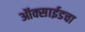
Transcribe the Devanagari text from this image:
ऑक्साईडचा